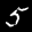
Label: 5